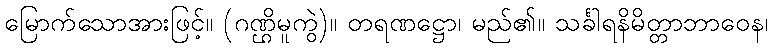
မြောက်သောအားဖြင့်။ (ဂဏ္ဌိမူကွဲ)။ တရဏဋ္ဌော၊ မည်၏။ သင်္ခါရနိမိတ္တာဘာဝေန၊